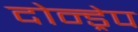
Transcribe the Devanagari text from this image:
दोन्ड्रेप